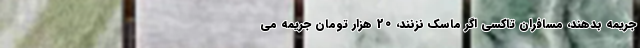
جریمه بدهند، مسافران تاکسی اگر ماسک نزنند، 20 هزار تومان جریمه می